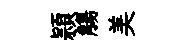
頴觴美